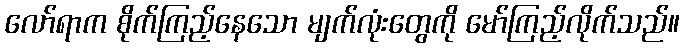
လော်ရာက စိုက်ကြည့်နေသော မျက်လုံးတွေကို မော်ကြည့်လိုက်သည်။